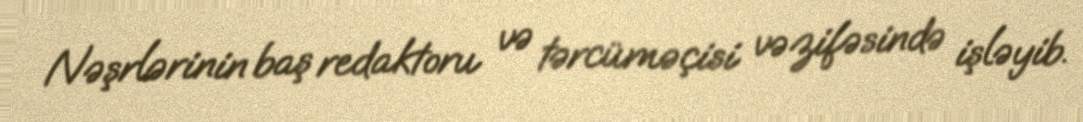
Nəşrlərinin baş redaktoru və tərcüməçisi vəzifəsində işləyib.